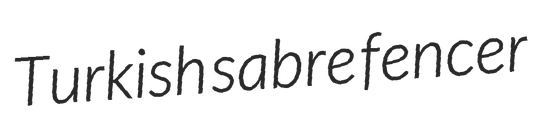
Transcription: Turkish sabre fencer